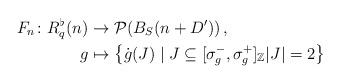
LaTeX: \begin{align*} F_n \colon R_{q}^\flat(n) & \to \mathcal{P} \!\left( B_S(n + D') \right), \\ g & \mapsto \big\{ \dot g(J) \mid J \subseteq [\sigma_g^-, \sigma_g^+]_\mathbb{Z} |J| =2 \big\} \end{align*}